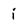
Character: i